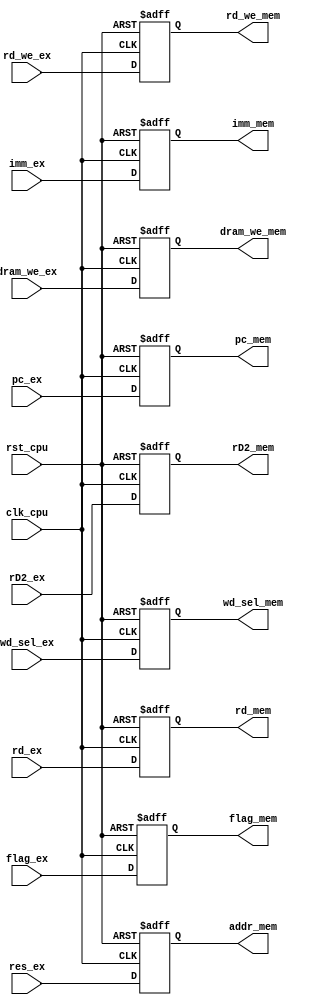

module EX_MEM(
input clk_cpu,
input rst_cpu,
input dram_we_ex,
input rd_we_ex,
input [1:0] wd_sel_ex,
input [4:0] rd_ex,
input [31:0]res_ex,
input [31:0]rD2_ex,
input [31:0]imm_ex,
input [31:0]pc_ex,
input flag_ex,
output reg[31:0]addr_mem,
output reg rd_we_mem,
output reg dram_we_mem,
output reg [1:0]wd_sel_mem,
output reg [4:0]rd_mem,
output reg [31:0]rD2_mem,
output reg [31:0]imm_mem,
output reg [31:0]pc_mem,
output reg flag_mem
);

always@(posedge clk_cpu or posedge rst_cpu) begin
    if(rst_cpu) begin
        addr_mem <= 0;
        rd_we_mem <= 0;
        dram_we_mem <= 0;
        wd_sel_mem <= 0;
        rd_mem <= 0;
        rD2_mem <= 0;
        imm_mem <= 0;
        flag_mem <= 0;
        pc_mem <= 32'hffff_fffc;
    end
    else begin
        addr_mem <= res_ex;
        rd_we_mem <= rd_we_ex;
        dram_we_mem <= dram_we_ex;
        wd_sel_mem <= wd_sel_ex;
        rd_mem <= rd_ex;
        rD2_mem <= rD2_ex;
        imm_mem <= imm_ex;
        flag_mem <= flag_ex;
        pc_mem <= pc_ex;
    end
end
endmodule